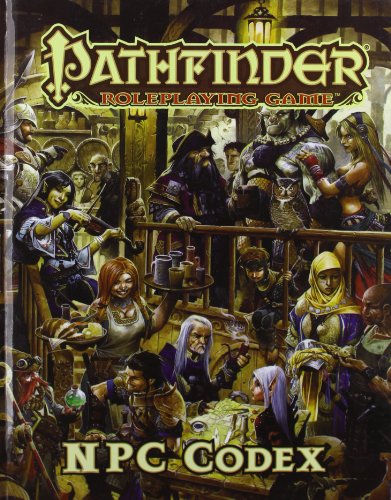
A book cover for Pathfinder Roleplaying Game: NPC Codex; Jason Bulmahn; Science Fiction & Fantasy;